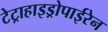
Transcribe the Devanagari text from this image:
टेट्राहाइड्रोपाईरेन